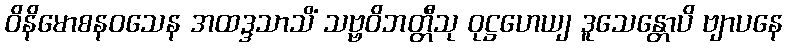
ဝိနိမောစနဝသေန အထဒ္ဒသာသိံ သဗ္ဗဝိဘတ္တီသု ဝုဋ္ဌဟေယျ ဒူသေန္တောပိ ဗျာပနေ